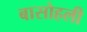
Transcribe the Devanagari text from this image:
बासोहली